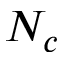
N _ { c }